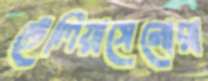
টেলিয়াসেনোরা